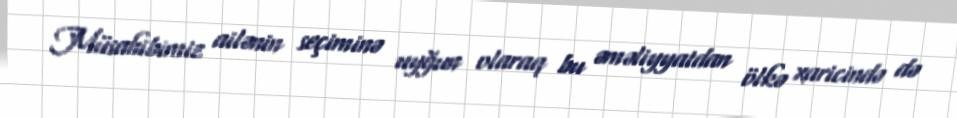
Müsahibimiz ailənin seçiminə uyğun olaraq bu əməliyyatdan ölkə xaricində də